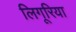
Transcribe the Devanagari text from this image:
लिगूरिया